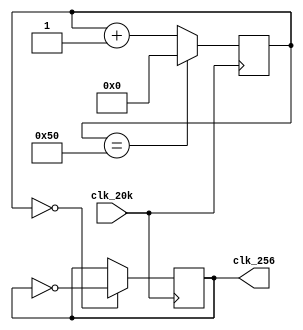
`timescale 1ns / 1ps
//////////////////////////////////////////////////////////////////////////////////
// Company: 
// Engineer: 
// 
// Design Name: 
// Module Name: hz_256
// Project Name: 
// Target Devices: 
// Tool Versions: 
// Description: 
// 
// Dependencies: 
// 
// Revision:
// Revision 0.01 - File Created
// Additional Comments:
// 
//////////////////////////////////////////////////////////////////////////////////


module hz_256(    input clk_20k,    output reg clk_256 = 0    );

reg [8:0]count = 0;

always @ (posedge clk_20k) begin
    count <= (count == 80) ? 0 : count + 1;
    clk_256 <= (count == 0) ? ~clk_256 : clk_256;
end

endmodule